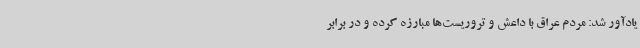
یادآور شد: مردم عراق با داعش و تروریست‌ها مبارزه کرده و در برابر